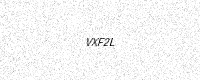
Text: VXF2L